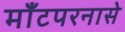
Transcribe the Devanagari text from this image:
माँटपरनासे